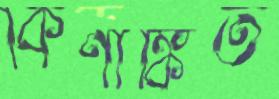
কিণাঙ্কিত